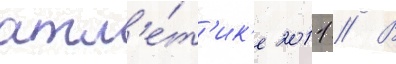
атл'е́т'ик'е 2011 // В